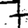
Digit: 7